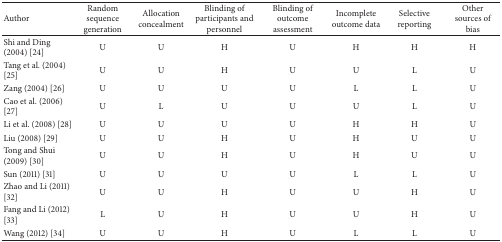
| Author | Random sequence generation | Allocation concealment | Blinding of participants and personnel | Blinding of outcome assessment | Incomplete outcome data | Selective reporting | Other sources of bias |
 | --- | --- | --- | --- | --- | --- | --- | --- |
 | Shi and Ding (2004) [24] | U | U | H | U | H | H | H |
 | Tang et al. (2004) [25] | U | U | H | U | U | L | U |
 | Zang (2004) [26] | U | U | U | U | L | L | U |
 | Cao et al. (2006) [27] | U | L | U | U | U | L | U |
 | Li et al. (2008) [28] | U | U | U | U | H | H | U |
 | Liu (2008) [29] | U | U | H | U | H | U | U |
 | Tong and Shui (2009) [30] | U | U | H | U | H | U | U |
 | Sun (2011) [31] | U | U | U | U | L | L | U |
 | Zhao and Li (2011) [32] | U | U | H | U | U | H | U |
 | Fang and Li (2012) [33] | L | U | H | U | U | H | U |
 | Wang (2012) [34] | U | U | H | U | L | L | U |